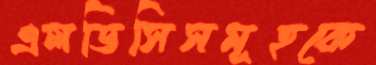
এলডিসিসমূহকে